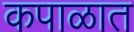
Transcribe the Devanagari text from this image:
कपाळात